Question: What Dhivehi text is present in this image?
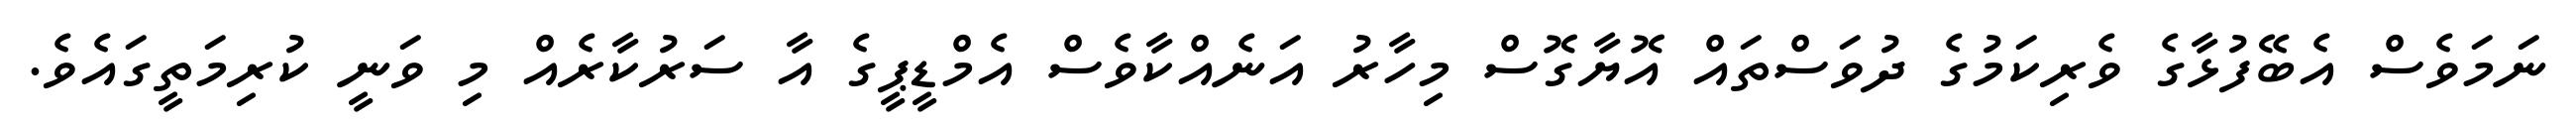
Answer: ނަމަވެސް އެބޭފުޅާގެ ވެރިކަމުގެ ދުވަސްތައް އޮޔާގޮސް މިހާރު އަނެއްކާވެސް އެމްޑީޕީގެ އާ ސަރުކާރެއް މި ވަނީ ކުރިމަތީގައެވެ.